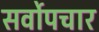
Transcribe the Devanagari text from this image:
सर्वोपचार